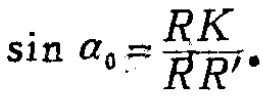
\(\sin \alpha _{0}=\frac{RK}{RR'}\)